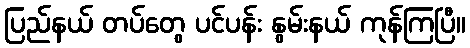
ပြည်နယ် တပ်တွေ ပင်ပန်း နွမ်းနယ် ကုန်ကြပြီ။